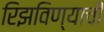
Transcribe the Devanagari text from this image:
रिझविण्याची